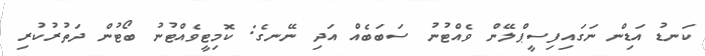
ކަނޑު އަޑިން ނަގައިފިސީޕްލޭން ވެއްޓުނު ސަބަބެއް އަދި ނޭނގެ: ކޮމިޓީވެއްޓުނު ބޯޓުން ދަތުުރުކުރި